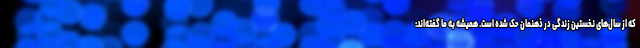
که از سال‌های نخستین زندگی در ذهنمان حک شده است. همیشه به ما گفته‌اند: